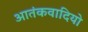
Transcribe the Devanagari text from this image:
आतंकवादियो